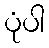
ပုံပါ